system: You are a helpful assistant.
user:
Analyze the provided spectrum to determine if it is a **"Cataclysmic Variables (CV)"**.

- **Key Indicators for CV (Check for either state):**
    - **State 1: Quiescent / Low-State (Emission-Dominated)**
        - **(Primary):** Strong and *very broad* Hydrogen Balmer emission lines (e.g., $H\alpha$ at 6563 Å, $H\beta$ at 4861 Å). The 'broadness' (high velocity dispersion, often FWHM > 1000 km/s) is the key diagnostic, indicating a high-velocity accretion disk.
        - **(Secondary):** Broad neutral Helium (He I) emission lines (e.g., 5876 Å, 6678 Å).
        - **(Key Confirmation):** Presence of high-excitation *ionized* Helium (He II) emission at 4686 Å. This is a strong indicator of accretion onto a white dwarf.
        - **(Line Profile):** Emission lines may exhibit a 'double-peaked' profile, which is a classic signature of a rotating accretion disk viewed at high inclination.

    - **State 2: Outburst / High-State (Absorption-Dominated)**
        - **(Primary):** Spectrum is dominated by a bright, blue continuum (looks like a hot star).
        - **(Secondary):** The emission lines from State 1 are weak, absent, or 'filled in', and are replaced by broad, shallow *absorption* lines (primarily Balmer and He I).
        - **(Morphology):** The overall spectrum mimics a hot B/A-type star. The crucial difference is that the absorption lines are significantly broader, shallower, and more 'washed-out' (or 'smeared') than the sharp lines of a normal stellar photosphere, due to high rotational speeds and pressure broadening in the disk.

Think first, call **spectral_visualization_tool** if needed to examine features in detail, then provide your final answer. Your response must adhere to the following strict rules:
1.  **Overall Structure:** Your response must follow the format `<think>...</think> <tool_call>...</tool_call> (if a tool is used) <answer>...</answer>`.
2.  **Tool Usage Constraint:** You may only make **one** tool call per turn.
3.  **Final Answer Format:** In the `<answer>` tag, your conclusion must be inside a `\boxed{}` command (e.g., `\boxed{YES}`), followed by your justification.

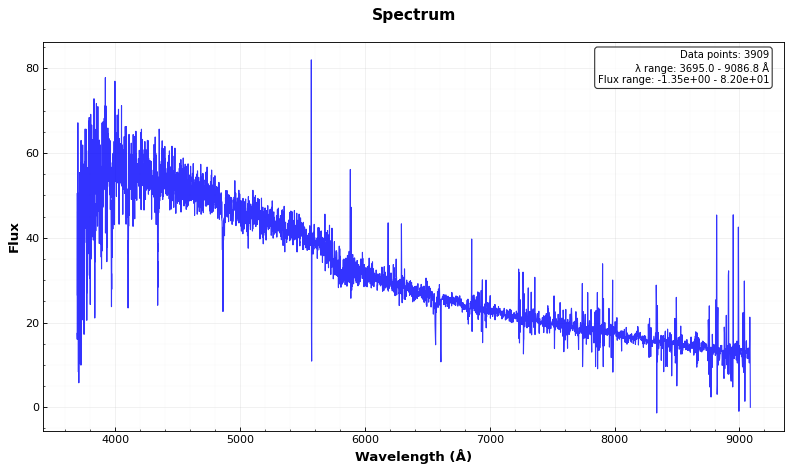
Answer: NO